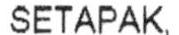
SETAPAK,